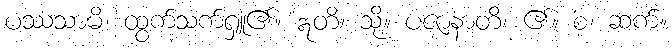
ပဿသာမိ၊ ထွက်သက်ရှူ၏။ ဣတိ၊ သို့။ ပဇာနာတိ၊ ၏။ စ၊ ဆက်။